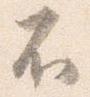
不